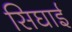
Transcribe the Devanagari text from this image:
सिघाई